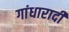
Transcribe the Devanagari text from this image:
गांधारादी